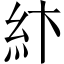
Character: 𥾽